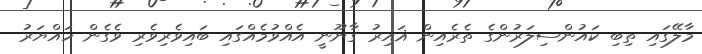
މާލޭގައި ތިބި ކައުންސިލަރުންގެ ތެރެއިން ޣައިރު ގާނޫނީ އެއްވުމެއްގައި ބައިވެރިވެރި ވެގެން ހައްޔަރު